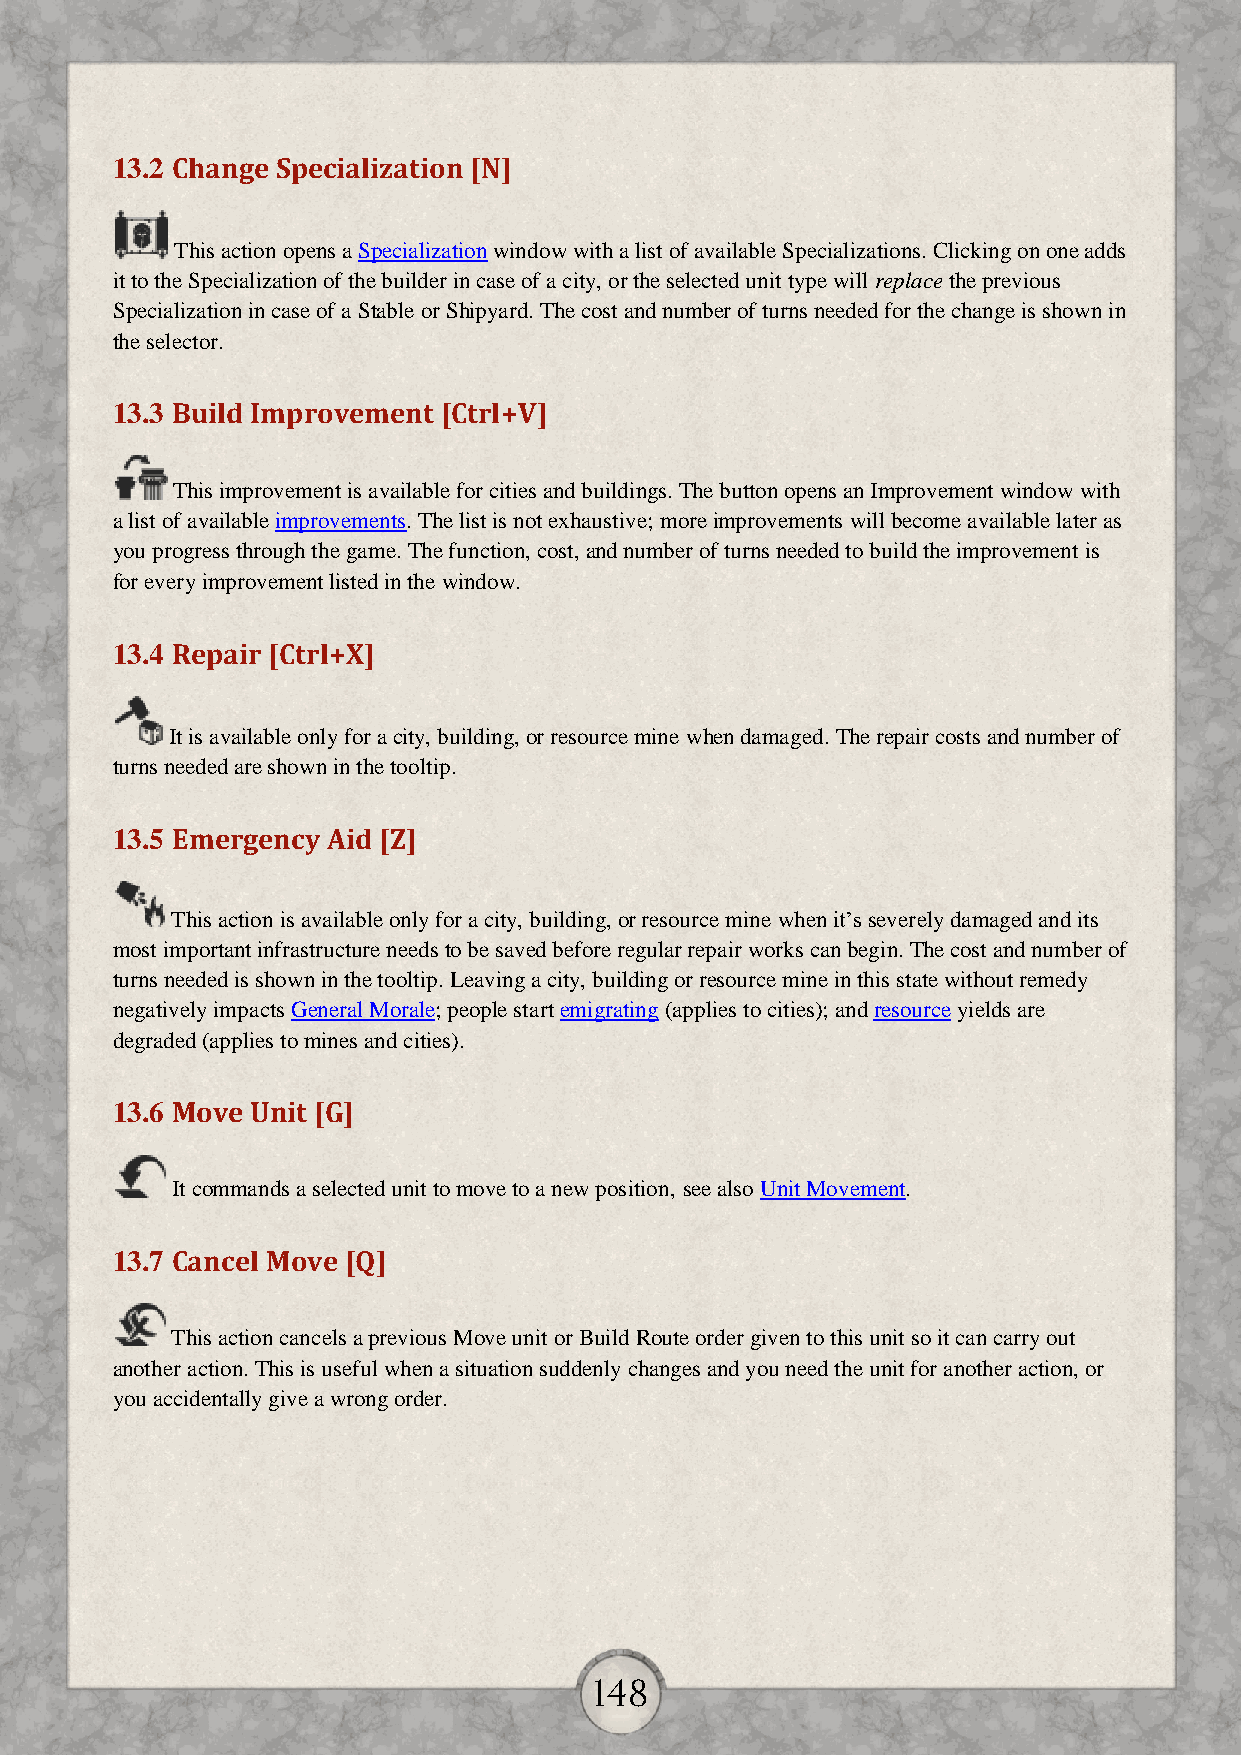
13.2 Change Specialization [N]
 This action opens a Specialization window with a list of available Specializations. Clicking on one adds
 it to the Specialization of the builder in case of a city, or the selected unit type will replace the previous
 Specialization in case of a Stable or Shipyard. The cost and number of turns needed for the change is shown in
 the selector.
 13.3 Build Improvement [Ctrl+V]
 This improvement is available for cities and buildings. The button opens an Improvement window with
 a list of available improvements. The list is not exhaustive; more improvements will become available later as
 you progress through the game. The function, cost, and number of turns needed to build the improvement is
 for every improvement listed in the window.
 13.4 Repair [Ctrl+X]
 It is available only for a city, building, or resource mine when damaged. The repair costs and number of
 turns needed are shown in the tooltip.
 13.5 Emergency Aid [Z]
 This action is available only for a city, building, or resource mine when it’s severely damaged and its
 most important infrastructure needs to be saved before regular repair works can begin. The cost and number of
 turns needed is shown in the tooltip. Leaving a city, building or resource mine in this state without remedy
 negatively impacts General Morale; people start emigrating (applies to cities); and resource yields are
 degraded (applies to mines and cities).
 13.6 Move Unit [G]
 It commands a selected unit to move to a new position, see also Unit Movement.
 13.7 Cancel Move [Q]
 This action cancels a previous Move unit or Build Route order given to this unit so it can carry out
 another action. This is useful when a situation suddenly changes and you need the unit for another action, or
 you accidentally give a wrong order.
 148